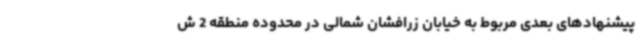
پیشنهادهای بعدی مربوط به خیابان زرافشان شمالی در محدوده منطقه 2 ش